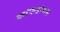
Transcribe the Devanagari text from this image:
कांफेडेरेशंस